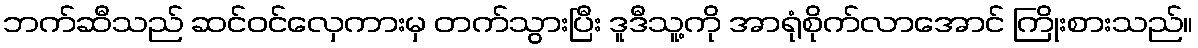
ဘက်ဆီသည် ဆင်ဝင်လှေကားမှ တက်သွားပြီး ဒူဒီသူ့ကို အာရုံစိုက်လာအောင် ကြိုးစားသည်။